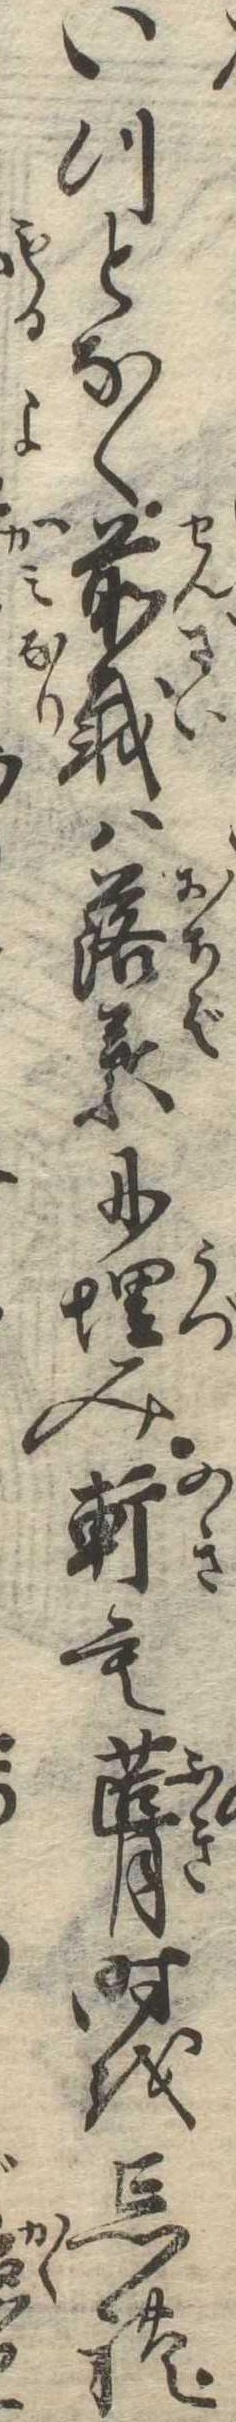
いつとなく前栽は落葉に埋み軒も葺時を忘れ